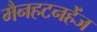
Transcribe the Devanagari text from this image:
मैनहटनहेंज